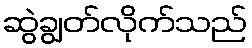
ဆွဲချွတ်လိုက်သည်